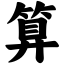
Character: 算